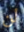
لن